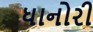
ધાનોરી